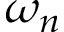
\omega _ { n }